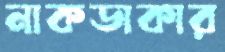
নাকডাকার